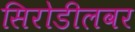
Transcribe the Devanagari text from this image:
सिरोडीलवर